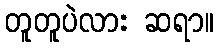
တူတူပဲလား ဆရာ။